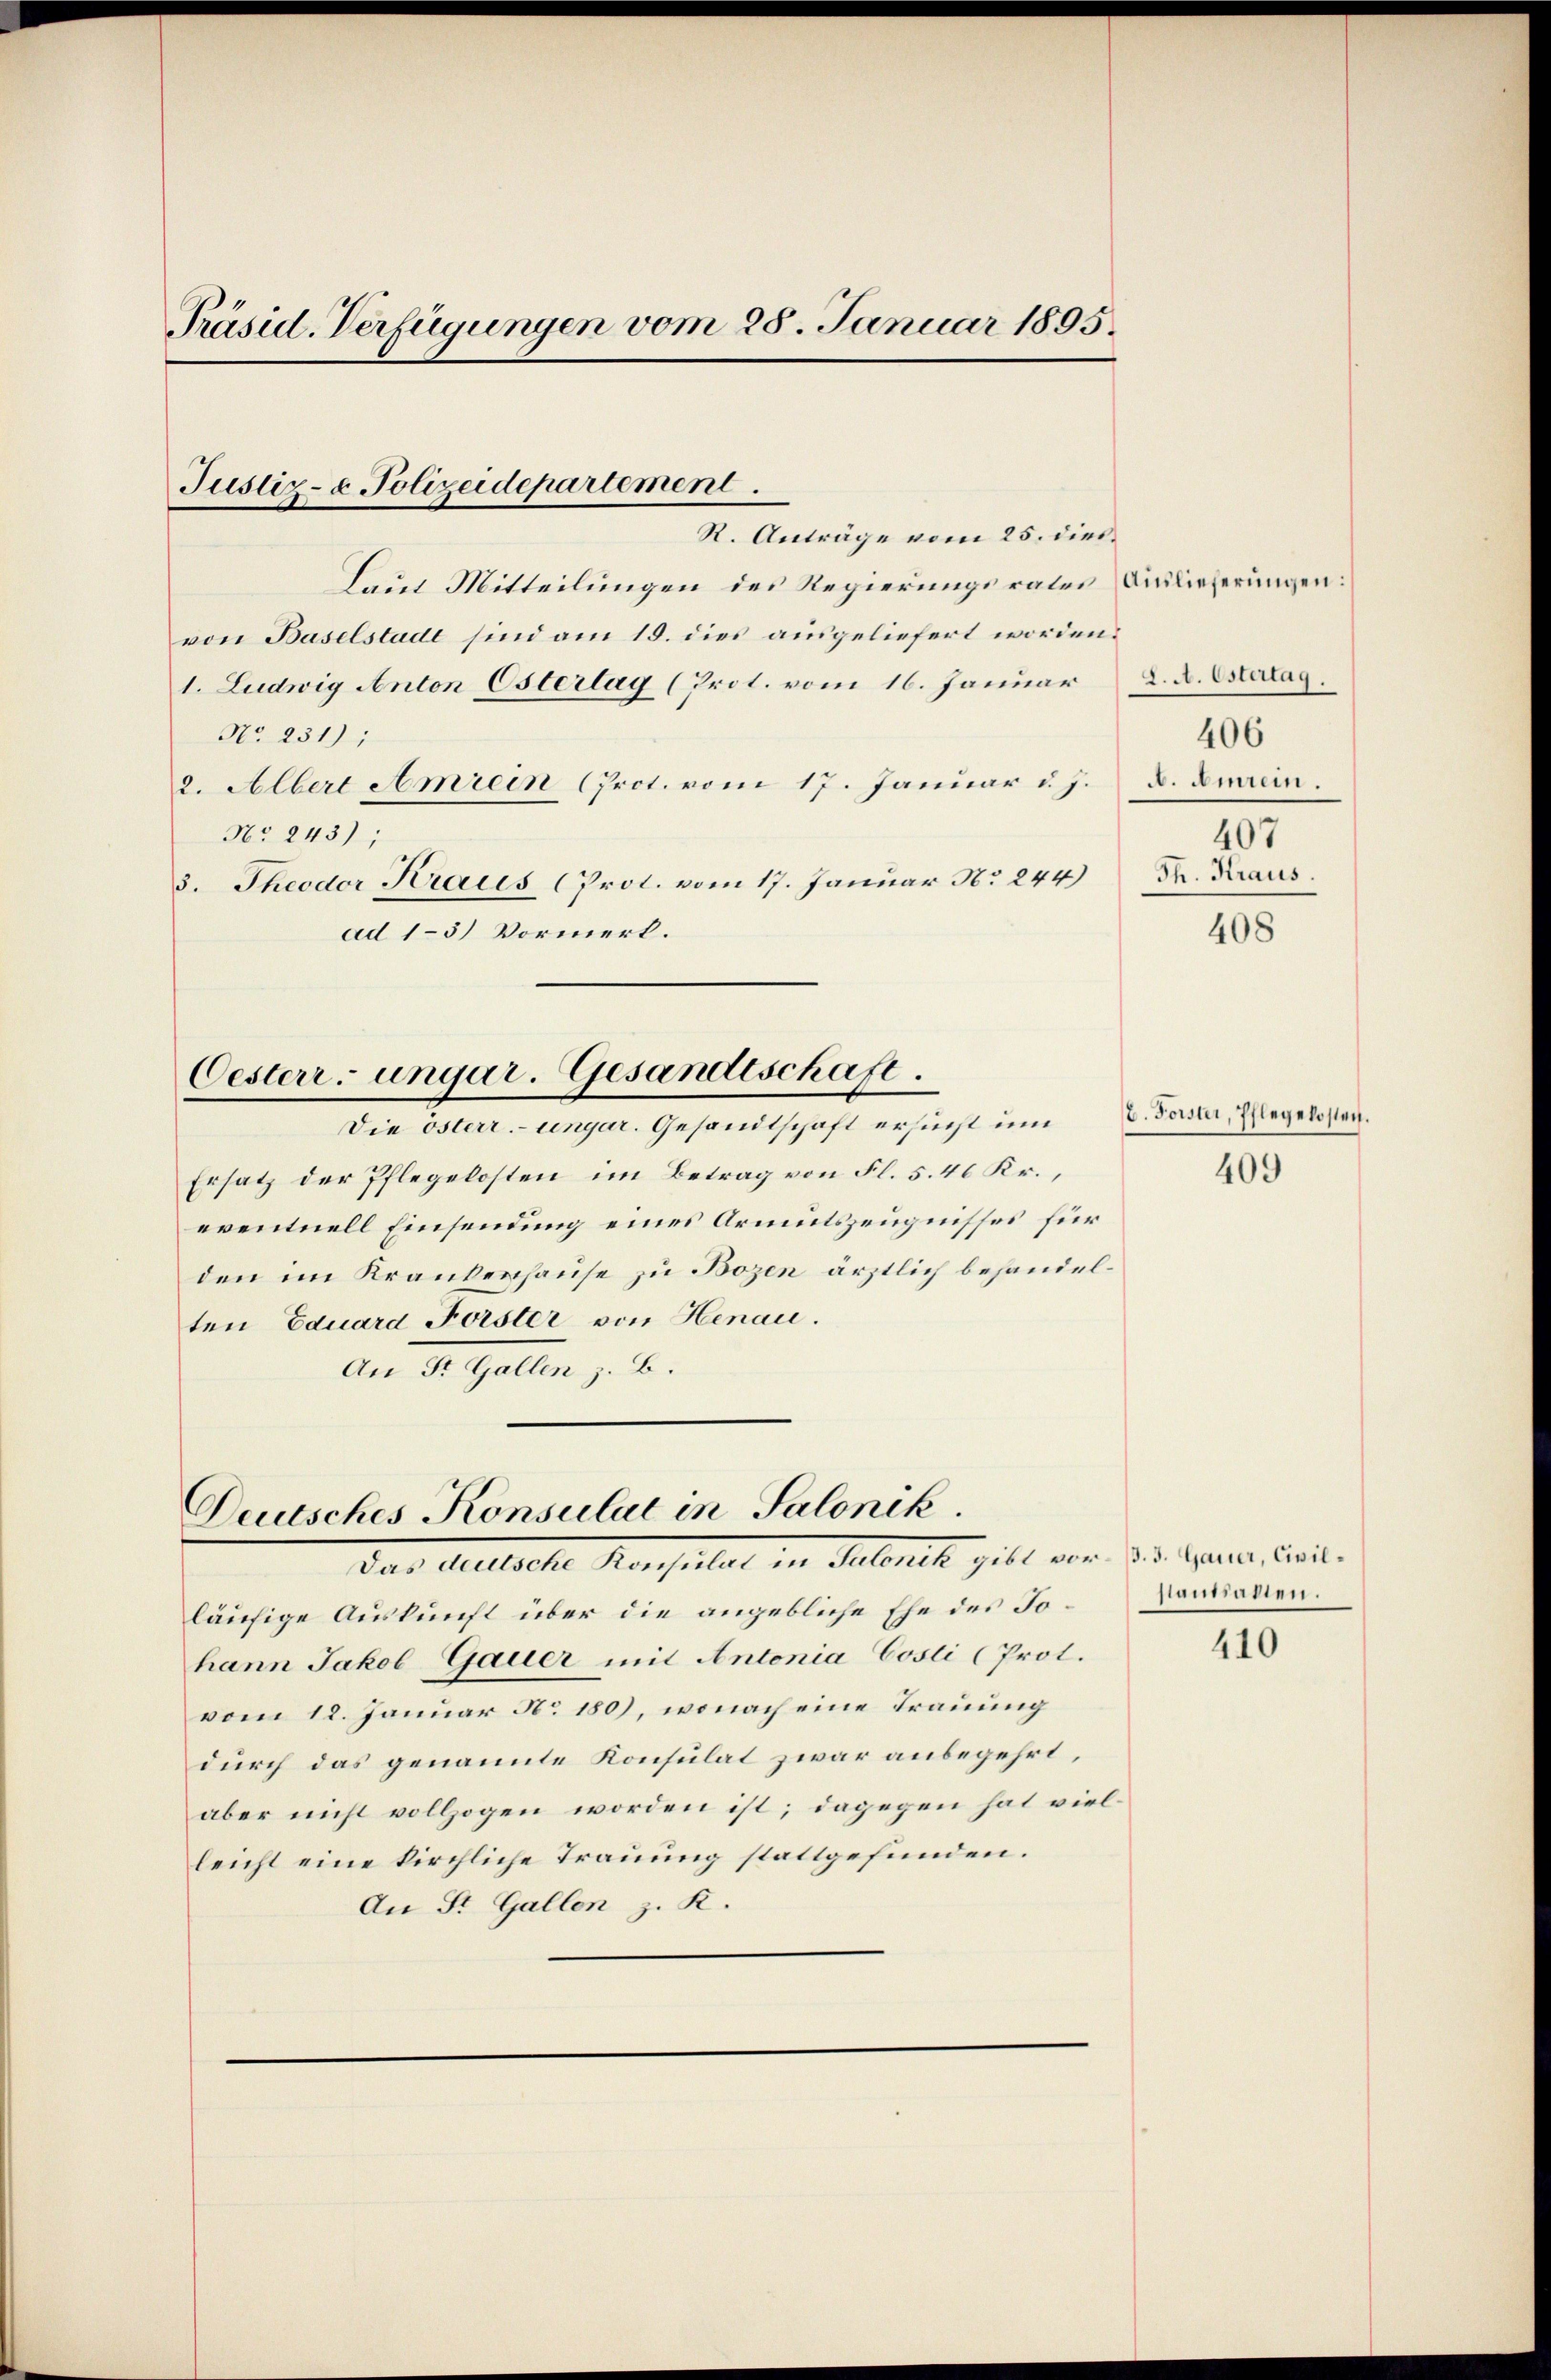
Präsid. Verfügungen vom 28. Januar 1895.

Justiz- & Polizeidepartement.
R. Anträge vom 25. dies

Laut Mitteilungen des Regierungsrates & Auslieferungen:
von Baselstadt sind am 15. dies ausgeliefert worden.
1. Ludwig Anton Ostertag (Prot. vom 16. Januar
No. 231);
2. Albert Amrein (Prot. vom 17. Januar d. J.
Nr. 243);
3. Theodor Kraus (Prot. vom 17. Januar N. 244)
ad 1–5) Vormerk.

Oesterr. ungar. Gesandtschaft.

Die österr. ungar. Gesandtschaft ersucht um d. Faster, Pflegekosten.
Ersatz der Pflegelosten im Betrag von Fl. 5. 46 Kr.,
eventuell Einsendung eines Armutszeugnisses für
den im Krankenhause zu Bozen ärztlich behandelten Eduard Forster von Henau.
An St. Gallen z. B.

Duusches Konsulat in Salonik.
Das Mutterte Konsulat in Anbett gilt vom 22. Frauen Concl.

läufige Auskunft über die angebliche Ehe des Johann Jakob Gauer mit Antonia Cosli (Prot.
vom 12. Januar No. 180), wonach eine Trauung
durch das genannte Konsulat zwar anbegehrt,
aber nicht vollzogen worden ist; dagegen hat viel
leicht eine kirchliche Trauung stattgefunden.
An St. Gallen z. K.

J. A. Estertag.
A. Amrei.
407
Th. Kraus.

406

408

409

hiantalien.

410